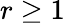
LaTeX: r\ge 1